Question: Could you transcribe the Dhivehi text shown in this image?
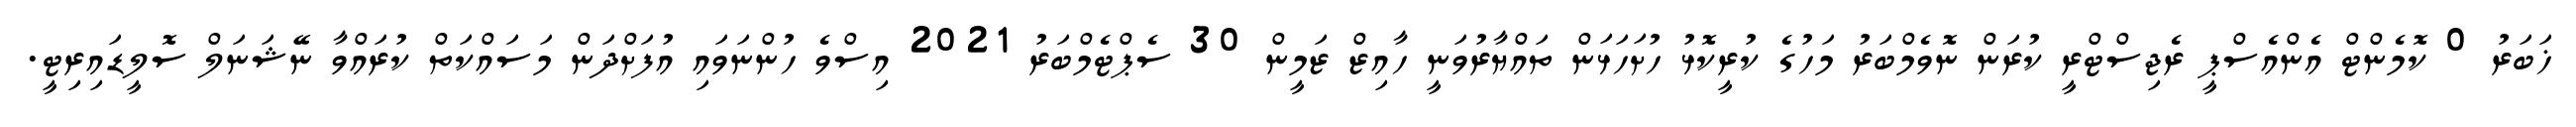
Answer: ޚަބަރު 0 ކޮމެންޓް އެންއެސްޕީ ރެޖިސްޓްރީ ކުރަން ނޮވެމްބަރު މަހުގެ ކުރީކޮޅު ހުށަހަޅަން ތައްޔާރުވަނީ ހާއިޒް ޒަމީން 30 ސެޕްޓެމްބަރު 2021 އިސްވެ ހުންނަވައި އުފަށްދަން މަސައްކަތް ކުރައްވާ ނޭޝަނަލް ސޮލީޑައިރިޓީ.